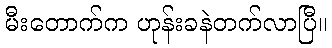
မီးတောက်က ဟုန်းခနဲတက်လာပြီ။